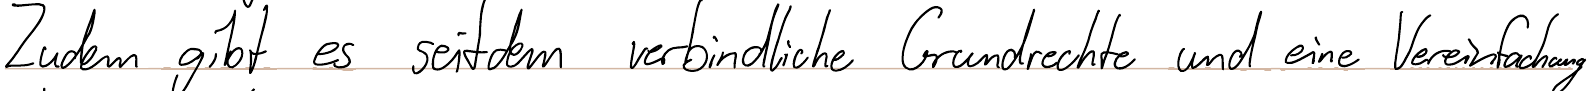
Zudem gibt es seitdem verbindliche Grundrechte und eine Vereinfachung